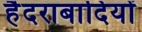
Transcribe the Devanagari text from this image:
हैदराबादियों